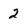
Character: 2